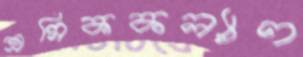
শ্রমিককল্যাণ